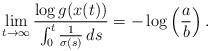
LaTeX: \begin{align*} \lim_{t\to\infty} \frac{\log g(x(t))}{\int_0^t\frac{1}{\sigma(s)}\,ds} = -\log\left(\frac{a}{b}\right).\end{align*}